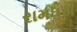
રામઘરી